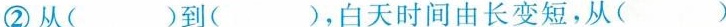
②从( )到( )，白天时间由长变短，从( )